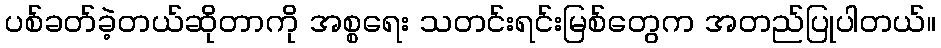
ပစ်ခတ်ခဲ့တယ်ဆိုတာကို အစ္စရေး သတင်းရင်းမြစ်တွေက အတည်ပြုပါတယ်။